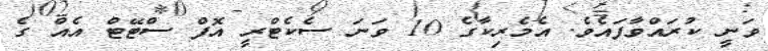
ވަނީ ކުރައްވާފައެވެ. އެމެރިކާގެ 10 ވަނަ ސެކެޓްރީ އޮފް ސްޓޭޓް އެއް ގެ